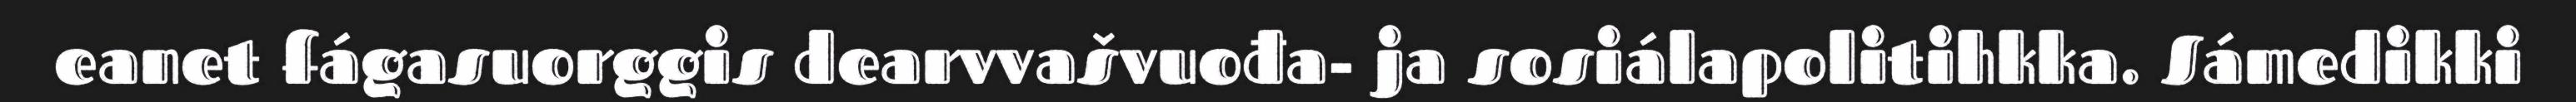
eanet fágasuorggis dearvvašvuođa- ja sosiálapolitihkka. Sámedikki